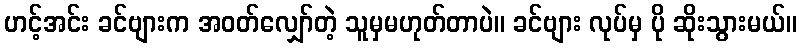
ဟင့်အင်း ခင်ဗျားက အဝတ်လျှော်တဲ့ သူမှမဟုတ်တာပဲ။ ခင်ဗျား လုပ်မှ ပို ဆိုးသွားမယ်။